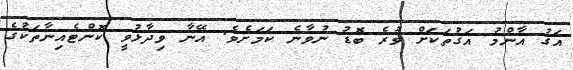
އަގު އާންމު އަގުތަކަށް ވުރެ ބޮޑު ނުވާނެ ކަމަށެވެ. އޭނާ ވިދާޅުވީ ކޮންޓެއިނާތަކުގެ